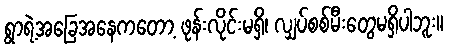
ရွာရဲ့အခြေအနေကတော့ ဖုန်းလိုင်းမရှိ၊ လျှပ်စစ်မီးတွေမရှိပါဘူး။